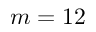
m = 1 2